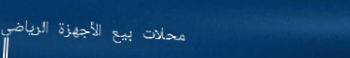
محلات بيع الأجهزة الرياضي